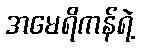
အမေရိကန်ရဲ့